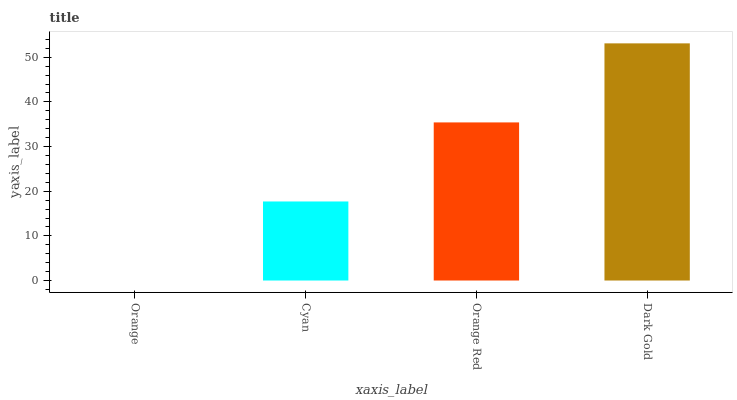
| xaxis_label | bars |
 | --- | --- |
 | Orange | 0 |
 | Cyan | 17.7 |
 | Orange Red | 35.4 |
 | Dark Gold | 53.1 |